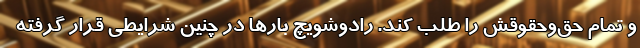
و تمام حق‌وحقوقش را طلب کند. رادوشویچ بارها در چنین شرایطی قرار گرفته